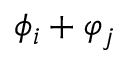
\phi _ { i } + \varphi _ { j }